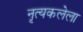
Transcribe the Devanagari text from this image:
नृत्यकलेला